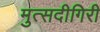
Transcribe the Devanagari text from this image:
मुत्सदीगिरी